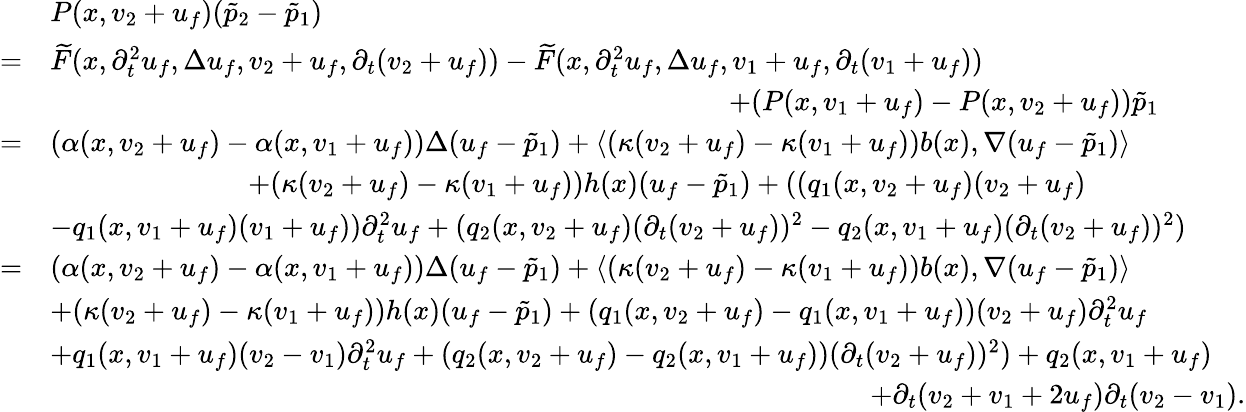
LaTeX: \begin{array}{rl}&{P(x,v_{2}+u_{f})(\tilde{p}_{2}-\tilde{p}_{1})}\\ {=}&{\widetilde{F}(x,\partial_{t}^{2}u_{f},\Delta u_{f},v_{2}+u_{f},\partial_{t}(v_{2}+u_{f}))-\widetilde{F}(x,\partial_{t}^{2}u_{f},\Delta u_{f},v_{1}+u_{f},\partial_{t}(v_{1}+u_{f}))}\\ &{\quad\quad\quad\quad\quad\quad\quad\quad\quad\quad\quad\quad\quad\quad\quad\quad\quad\quad\quad\quad\quad\quad\quad\quad+(P(x,v_{1}+u_{f})-P(x,v_{2}+u_{f}))\tilde{p}_{1}}\\ {=}&{(\alpha(x,v_{2}+u_{f})-\alpha(x,v_{1}+u_{f}))\Delta(u_{f}-\tilde{p}_{1})+\langle(\kappa(v_{2}+u_{f})-\kappa(v_{1}+u_{f}))b(x),\nabla(u_{f}-\tilde{p}_{1})\rangle}\\ &{\quad\quad\quad\quad\quad\quad\quad+(\kappa(v_{2}+u_{f})-\kappa(v_{1}+u_{f}))h(x)(u_{f}-\tilde{p}_{1})+((q_{1}(x,v_{2}+u_{f})(v_{2}+u_{f})}\\ &{-q_{1}(x,v_{1}+u_{f})(v_{1}+u_{f}))\partial_{t}^{2}u_{f}+(q_{2}(x,v_{2}+u_{f})(\partial_{t}(v_{2}+u_{f}))^{2}-q_{2}(x,v_{1}+u_{f})(\partial_{t}(v_{2}+u_{f}))^{2})}\\ {=}&{(\alpha(x,v_{2}+u_{f})-\alpha(x,v_{1}+u_{f}))\Delta(u_{f}-\tilde{p}_{1})+\langle(\kappa(v_{2}+u_{f})-\kappa(v_{1}+u_{f}))b(x),\nabla(u_{f}-\tilde{p}_{1})\rangle}\\ &{+(\kappa(v_{2}+u_{f})-\kappa(v_{1}+u_{f}))h(x)(u_{f}-\tilde{p}_{1})+(q_{1}(x,v_{2}+u_{f})-q_{1}(x,v_{1}+u_{f}))(v_{2}+u_{f})\partial_{t}^{2}u_{f}}\\ &{+q_{1}(x,v_{1}+u_{f})(v_{2}-v_{1})\partial_{t}^{2}u_{f}+(q_{2}(x,v_{2}+u_{f})-q_{2}(x,v_{1}+u_{f}))(\partial_{t}(v_{2}+u_{f}))^{2})+q_{2}(x,v_{1}+u_{f})}\\ &{\quad\quad\quad\quad\quad\quad\quad\quad\quad\quad\quad\quad\quad\quad\quad\quad\quad\quad\quad\quad\quad\quad\quad\quad\quad\quad\quad\quad\quad+\partial_{t}(v_{2}+v_{1}+2u_{f})\partial_{t}(v_{2}-v_{1}).}\end{array}